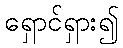
ရှောင်ရှား၍